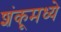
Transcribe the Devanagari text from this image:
शंकूमध्ये